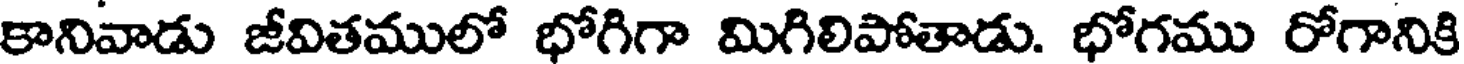
కానివాడు జీవితములో భోగిగా మిగిలిపోతాడు. భోగము రోగానికి